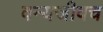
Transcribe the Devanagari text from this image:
वन्यजीवच